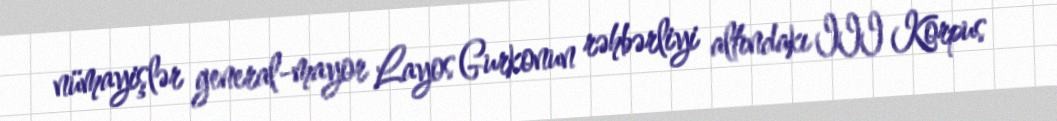
nümayişlər general-mayor Layos Gurkonun rəhbərliyi altındakı III Korpus